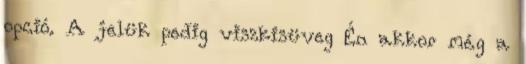
opció. A jelük pedig viszkisüveg Én akkor még a